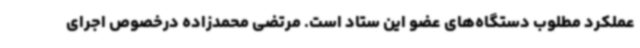
عملکرد مطلوب دستگاه‌های عضو این ستاد است. مرتضی محمدزاده درخصوص اجرای